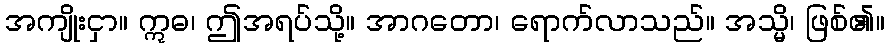
အကျိုးငှာ။ ဣဓ၊ ဤအရပ်သို့။ အာဂတော၊ ရောက်လာသည်။ အသ္မိ၊ ဖြစ်၏။